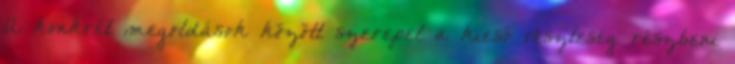
A konkrét megoldások között szerepel a kieső veszteség részbeni